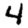
Digit: 4